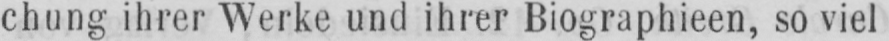
chung ihrer Werke und ihrer Biographieen, so viel